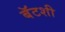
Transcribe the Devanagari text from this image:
बॅटशी